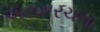
અસમરચના